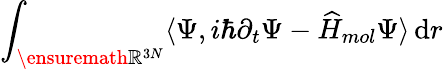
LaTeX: \int_{\ensuremath{\mathbb{R}}^{3N}}\langle\Psi,i\hbar\partial_{t}\Psi-\widehat H_{mol}\Psi\rangle\, \mathrm{d}r